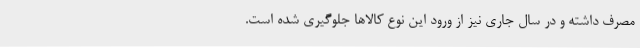
مصرف داشته و در سال جاری نیز از ورود این نوع کالاها جلوگیری شده است.